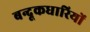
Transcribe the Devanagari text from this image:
बन्दूकधारियों